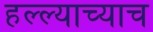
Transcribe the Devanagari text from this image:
हल्ल्याच्याच